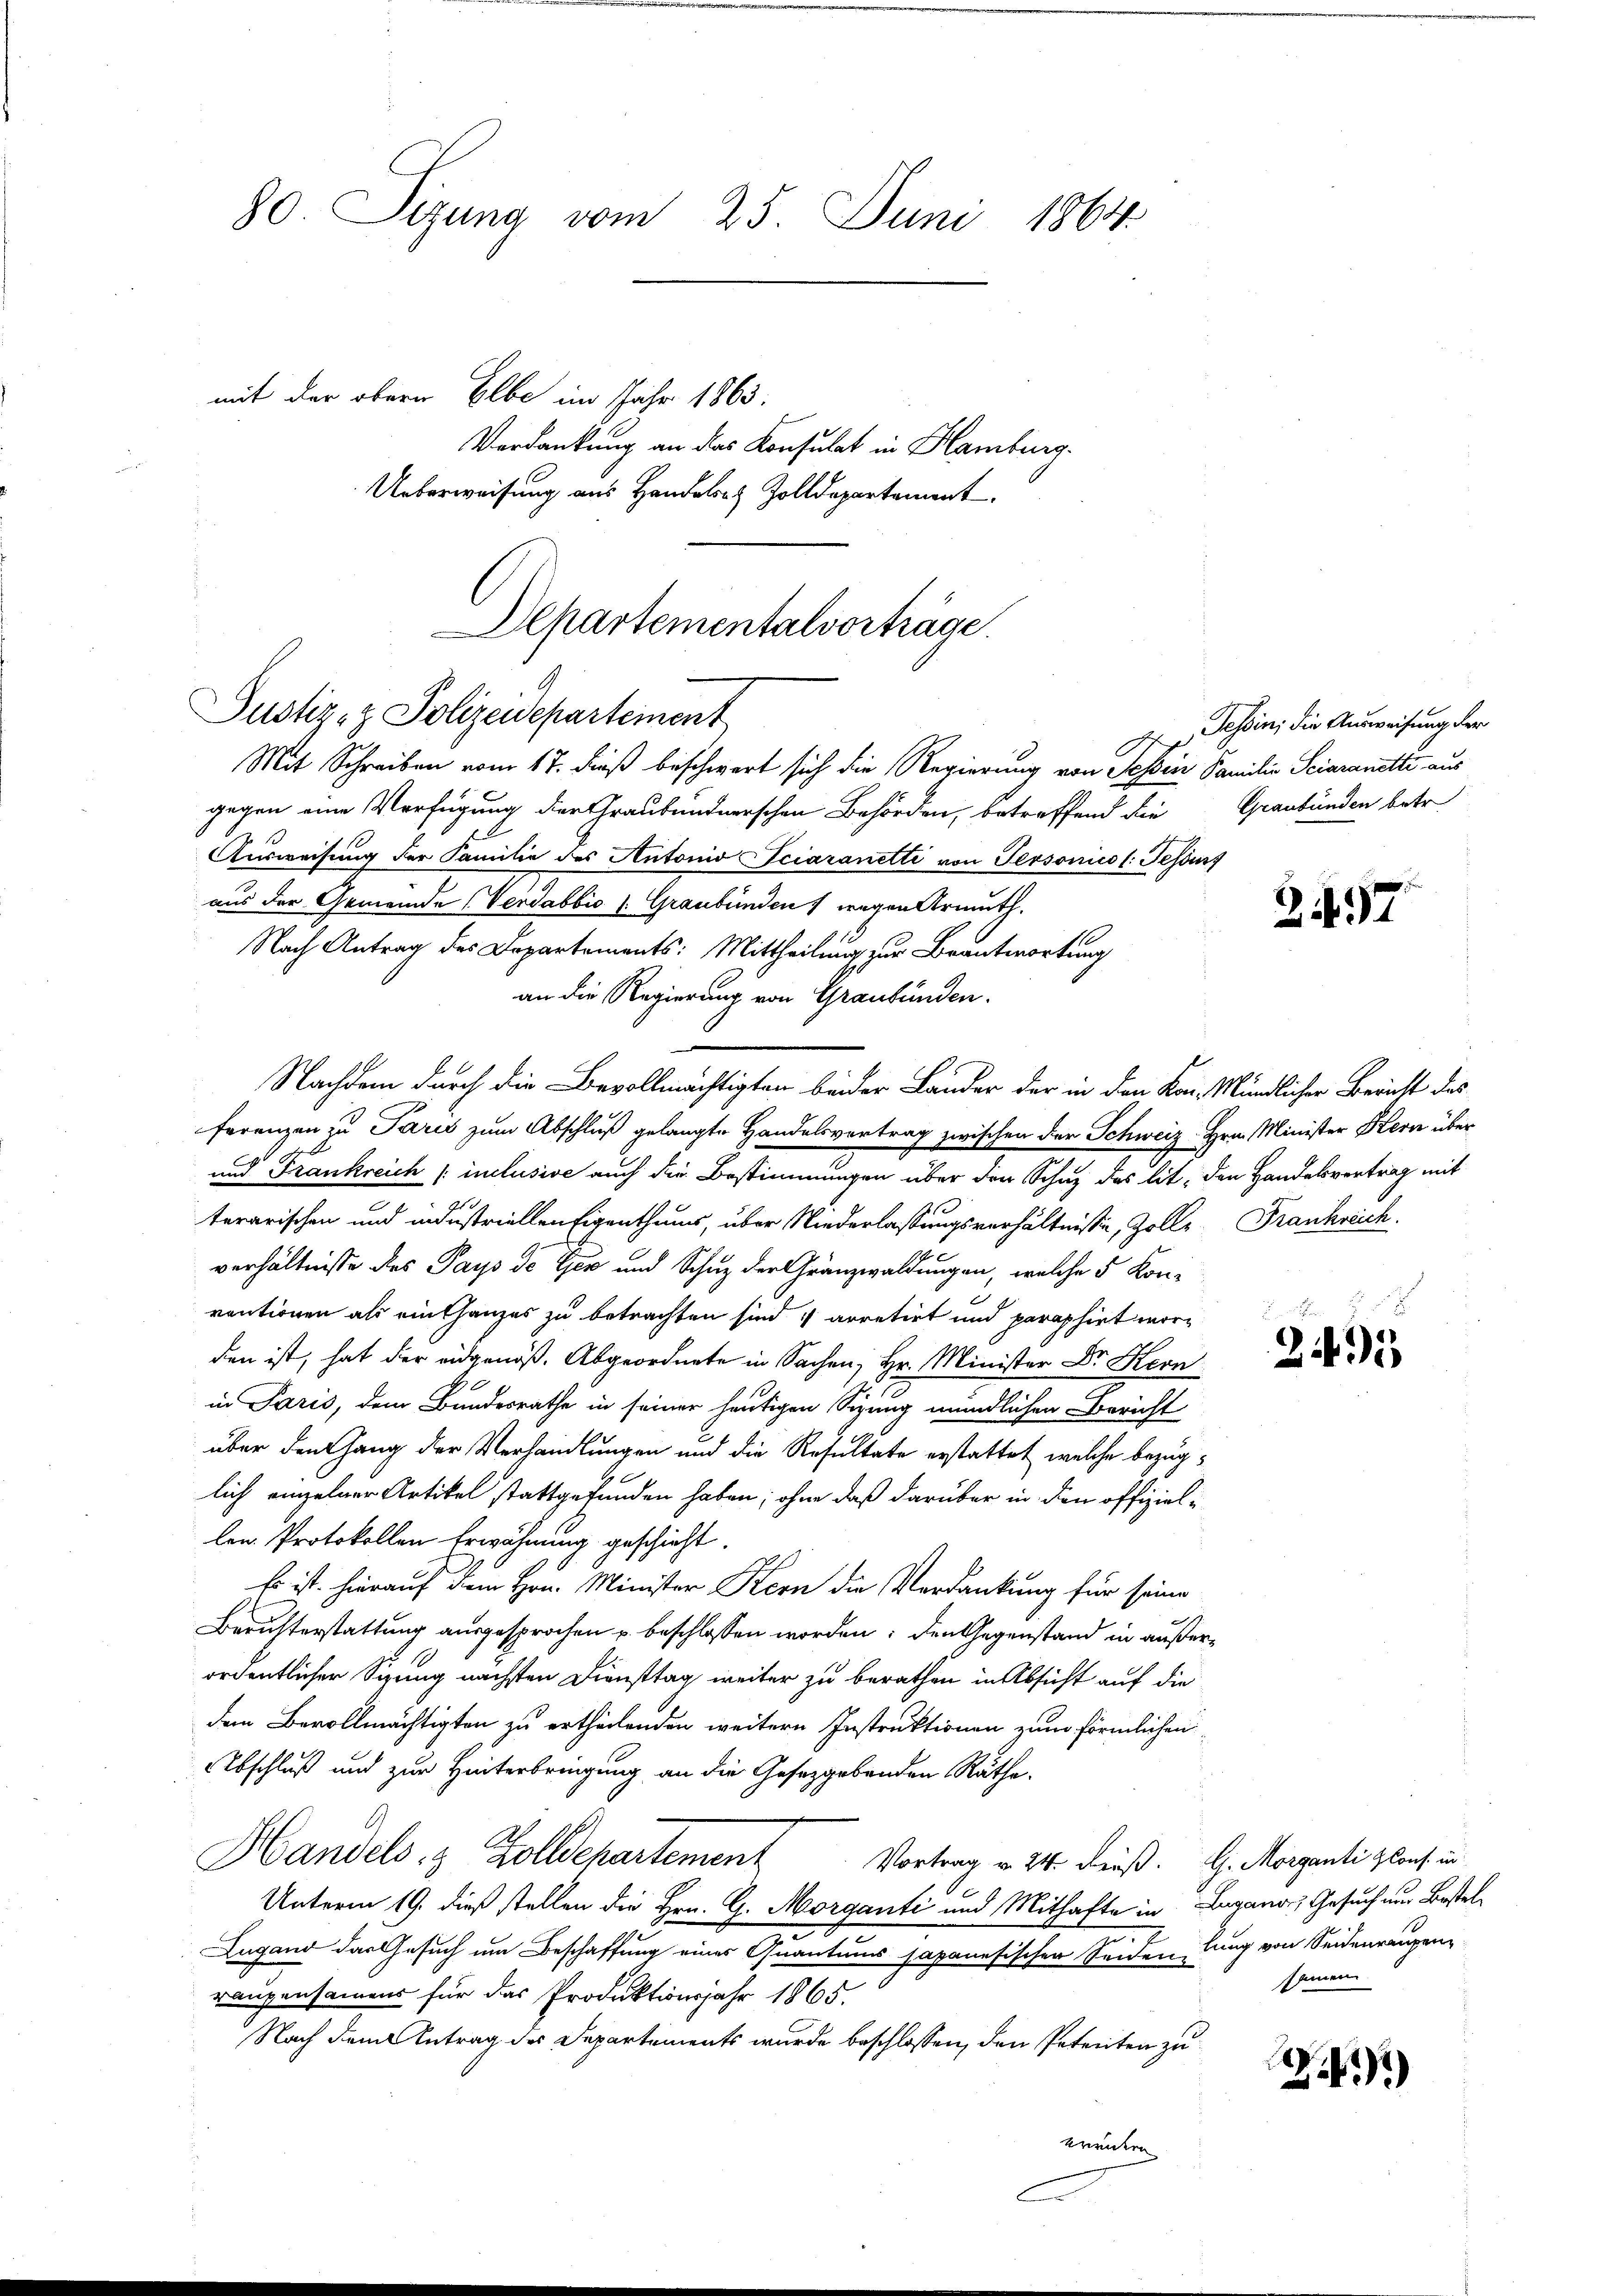
80. Sizung vom 25. Juni 1864
mit der obern Elbe im Jahr 1863.
Verdankung an das Konsulat in Hamburg.
Ueberweisung aus Handels- & Zolldepartement.

Departementalvorträge.
Justiz- & Polizeidepartement
Mit Schreiben vom 17. dieß beschwert sich die Regierung von Tessin Familie Sciaranette aus

gegen eine Verfügung der Graubündnerschen Behörden, betreffend die Graubünden betr.
Ausweisung der Familie des Antonio Iciaranetti von Personico l: Festurz
aus der Gemeinde (Verdabbio (: Graubünden wegen Armuth.
Nach Antrag des Departements: Mittheilung zur Beantwortung
an die Regierung von Graubünden.
Nachdem durch die Bevollmächtigten beider Lander der in den Kon. Mündlicher Bericht des
ferenzen zu Paris zum Abschluß gelangte Handelsvertrag zwischen der Schweiz. Hrn. Minister Kern über
und Frankreich [inclusive auch die Bestimmungen über den Schuz des lit. den Handelsvertrag mit
terarischen und industriellen Eigenthums, über Niederlassungsverhältnisse, Zolle Frankreich
verhältnisse des Pays de Ger und Schuz der Gränzwaldungen, welche 5 Konventionen als einthanzes zu betrachten sind & arretirt und paraphirt worden ist, hat der eidgenöß. Abgeordnete in Sachen, Hr. Minister Dr. Kern
in Paris, dem Bundesrathe in seiner heutigen Sizung mündlichen Bericht
über den Gang der Verhandlungen und die Resultate erstattet, welche bezuglich einzelner Artikel stattgefunden haben; ohne daß darüber in den offiziellen Protokollen Erwähnung geschieht.
Es ist hierauf dem Hrn. Minister Kern die Verdankung für seine
Beruhterstattung ausgesprochen u. beschlossen worden; den Gegenstand in außerordentlicher Sizung nächsten Diensttag weiter zu berathen in Absicht auf die
dem Bevollmächtigten zu ertheilenden weitern Instruktionen zum förmlichen
Abschluß und zur Hinterbringung an die Gesetzgebenden Räthe.
A
Handels- & Zolldepartement
Vortrag v. 24. Deuß. G. Morganti lons. in
Unterm 19. dieß stellen die Hrn. G. Morganti und Mithafte in Lugana, Gesuch nur Bestel¬
Lugand das Gesuch um Beschaffung eines Quantums sapanesischen Seiden, lung von Seidenraugen
raugensamens für das Produktionsjahr 1865.
Nach dem Antrag des Departements wurde beschlossen, den Petenten zu
wrindern

. Tessini die Ausweisung der

247

Bercher als er
241

seinen

21)